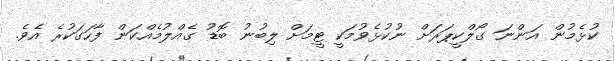
ކުޅެމުން އަންނަ ގޯލްކީޕަރަށް ނުކުޅެވުމަކީ ޓީމަށް ލިބުނު ބޮޑު ގެއްލުމެއްކަން ފާހަގަކުރެ އެވެ.